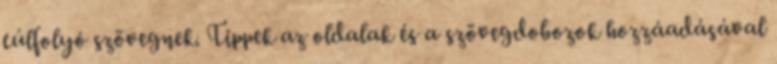
túlfolyó szövegnek. Tippek az oldalak és a szövegdobozok hozzáadásával